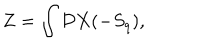
LaTeX: Z = \int { \cal D } X ( - S _ { q } ) ,